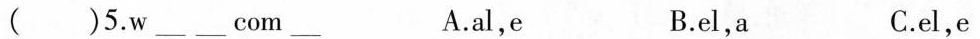
( )5.w ___ ___ com ___ A.al,e B.el,a C.el,e